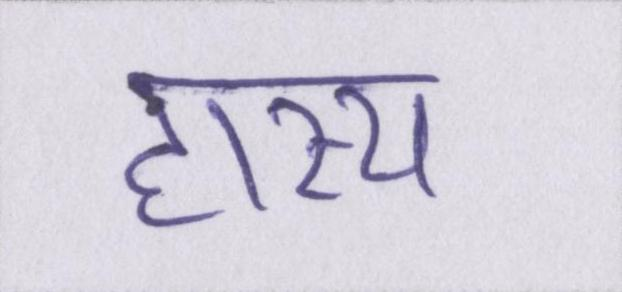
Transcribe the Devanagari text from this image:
हास्य